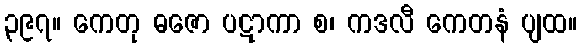
၃၉၇။ ကေတု ဓဇော ပဋာကာ စ၊ ကဒလီ ကေတနံ ပျထ။